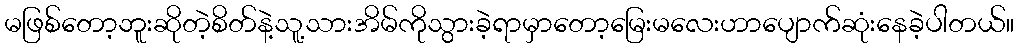
မဖြစ်တော့ဘူးဆိုတဲ့စိတ်နဲ့သူ့သားအိမ်ကိုသွားခဲ့ရာမှာတော့မြေးမလေးဟာပျောက်ဆုံးနေခဲ့ပါတယ်။